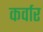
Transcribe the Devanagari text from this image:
कर्वार